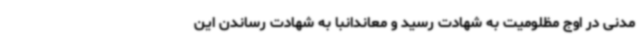
مدنی در اوج مظلومیت به شهادت رسید و معاندانبا به شهادت رساندن این